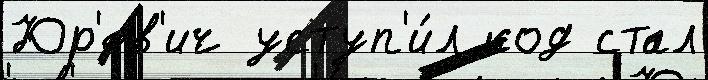
Юр'ев'ич уступ'и́л код стал